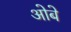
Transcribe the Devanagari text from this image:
ओबे